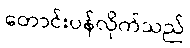
တောင်းပန်လိုက်သည်